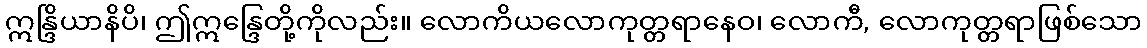
ဣန္ဒြိယာနိပိ၊ ဤဣန္ဒြေတို့ကိုလည်း။ လောကိယလောကုတ္တရာနေဝ၊ လောကီ, လောကုတ္တရာဖြစ်သော